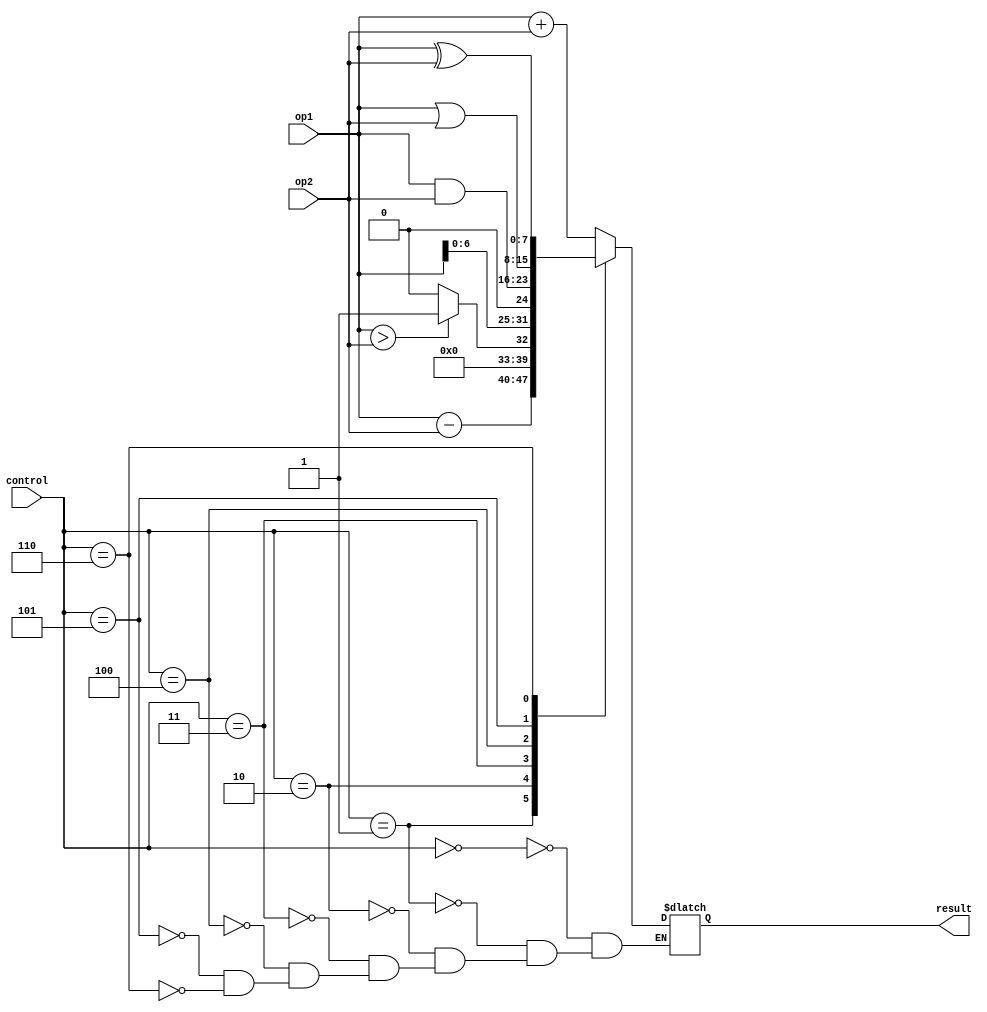
module ALU (
    input wire [7:0] op1,
    input wire [7:0] op2,
    input wire [2:0] control,
    output reg [7:0] result
);

// Functional blocks
reg [7:0] add_result;
reg [7:0] sub_result;
reg [7:0] comp_result;
reg [7:0] shift_result;
reg [7:0] and_result;
reg [7:0] or_result;
reg [7:0] xor_result;

// Functional block implementations
always @(*) begin
    // Adder
    add_result = op1 + op2;
    
    // Subtractor
    sub_result = op1 - op2;
    
    // Comparator
    if (op1 > op2)
        comp_result = 8'b1;
    else
        comp_result = 8'b0;
    
    // Shifter
    shift_result = op1 << 1;
    
    // Gates
    and_result = op1 & op2;
    or_result = op1 | op2;
    xor_result = op1 ^ op2;
end

// ALU operation selection
always @(control) begin
    case (control)
        3'b000: result = add_result;
        3'b001: result = sub_result;
        3'b010: result = comp_result;
        3'b011: result = shift_result;
        3'b100: result = and_result;
        3'b101: result = or_result;
        3'b110: result = xor_result;
    endcase
end

endmodule